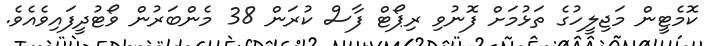
ކޮމެޓީން މަޖިލީހުގެ ތަޅުމަށް ފޮނުވި ރިޕޯޓް ފާސް ކުރަން 38 މެންބަރުން ވޯޓުދީފައިވެއެވެ.